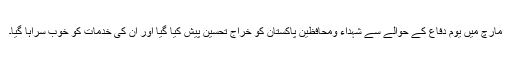
مارچ میں یوم دفاع کے حوالے سے شہداء ومحافظین پاکستان کو خراج تحسین پیش کیا گیا اور ان کی خدمات کو خوب سراہا گیا۔